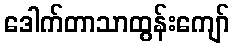
ဒေါက်တာသာထွန်းကျော်